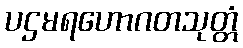
ပဌမရဟောဂတသုတ္တံ